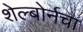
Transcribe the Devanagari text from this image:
शेल्बोर्नचा